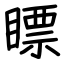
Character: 瞟